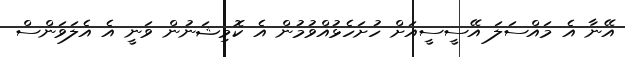
އޭނާ އެ މައްސަލަ އޭސީސީއަށް ހުށަހެޅުއްވުމުން އެ ކޮމިޝަނުން ވަނީ އެ އެލަވަންސް